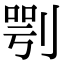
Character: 㓵